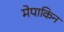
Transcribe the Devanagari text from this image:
मेपाकिन